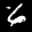
Label: 6